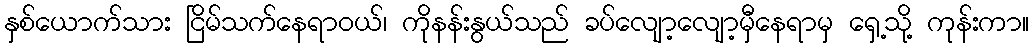
နှစ်ယောက်သား ငြိမ်သက်နေရာဝယ်၊ ကိုနန်းနွယ်သည် ခပ်လျော့လျော့မှီနေရာမှ ရှေ့သို့ ကုန်းကာ။